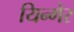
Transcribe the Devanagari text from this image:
यिन्गेर